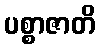
ပစ္စာဇာတိ